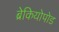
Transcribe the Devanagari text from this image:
ब्रेकियोपोड